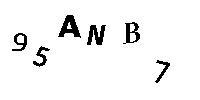
95ANB7